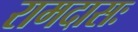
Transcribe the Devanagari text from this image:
रामदासः